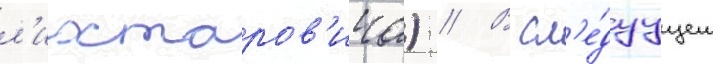
л'ихтаров'ича) // В сл'е́дуущем